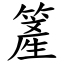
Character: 簅